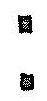
: